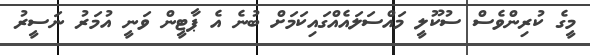
މީގެ ކުރިންވެސް ސުކޫލީ މައްސަލައެއްގައިކަމަށް ބުނެ އެ ޕާޓީން ވަނީ އުމަރު ނަސީރު